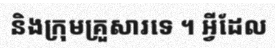
និងក្រុមគ្រួសារទេ ។ អ្វីដែល